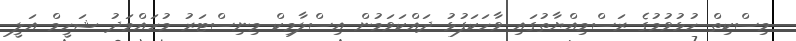
މިސްކިތް ހުޅުވުމުގެ ރަސްމިއްޔާތުގައި ވާހަކަފުޅު ދައްކަވަމުން އިސްލާމިކް މިނިސްޓަރު މުހައްމަދު ޝަހީމް އަލީ